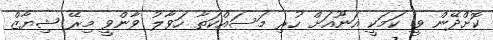
ކޮށްދޭން ވީ ކަމަކީ އަނޫއަށް ހުރި މަސައްކަތާ ހަވާލު ވާންވީ މިރޭ ޝިޔާޒް